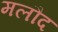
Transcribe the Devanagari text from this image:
मलौद